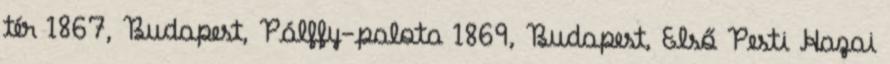
tér 1867, Budapest, Pálffy-palota 1869, Budapest, Első Pesti Hazai